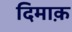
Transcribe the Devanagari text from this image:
दिमाक़